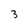
Character: 3